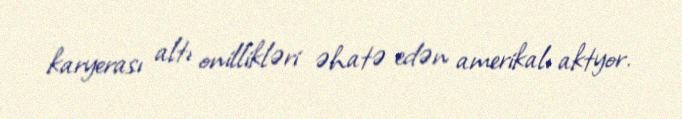
karyerası altı onillikləri əhatə edən amerikalı aktyor.